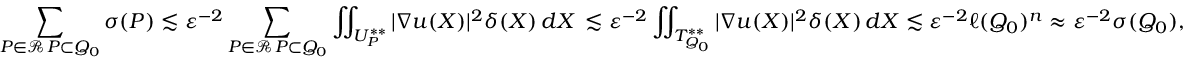
\sum _ { \substack { P \in \mathcal { R } \, P \subset Q _ { 0 } } } \sigma ( P ) \lesssim \varepsilon ^ { - 2 } \sum _ { \substack { P \in \mathcal { R } \, P \subset Q _ { 0 } } } \iint _ { U _ { P } ^ { * * } } | \nabla u ( X ) | ^ { 2 } \delta ( X ) \, d X \, \lesssim \varepsilon ^ { - 2 } \iint _ { T _ { Q _ { 0 } } ^ { * * } } | \nabla u ( X ) | ^ { 2 } \delta ( X ) \, d X \lesssim \varepsilon ^ { - 2 } \ell ( Q _ { 0 } ) ^ { n } \approx \varepsilon ^ { - 2 } \sigma ( Q _ { 0 } ) ,